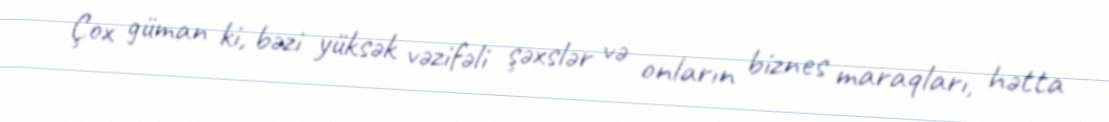
Çox güman ki, bəzi yüksək vəzifəli şəxslər və onların biznes maraqları, hətta